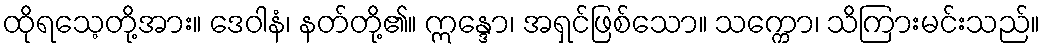
ထိုရသေ့တို့အား။ ဒေဝါနံ၊ နတ်တို့၏။ ဣန္ဒော၊ အရှင်ဖြစ်သော။ သက္ကော၊ သိကြားမင်းသည်။